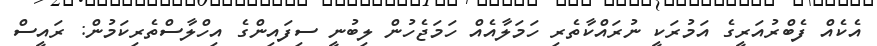
އެކެއް ފެބްރުއަރީގެ އަމުރަކީ ނުރައްކާތެރި ހަމަލާއެއް ހަމަޖެހުން ލިބުނީ ސިފައިންގެ އިހްލާސްތެރިކަމުން: ރައީސް